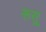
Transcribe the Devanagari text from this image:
रूसू